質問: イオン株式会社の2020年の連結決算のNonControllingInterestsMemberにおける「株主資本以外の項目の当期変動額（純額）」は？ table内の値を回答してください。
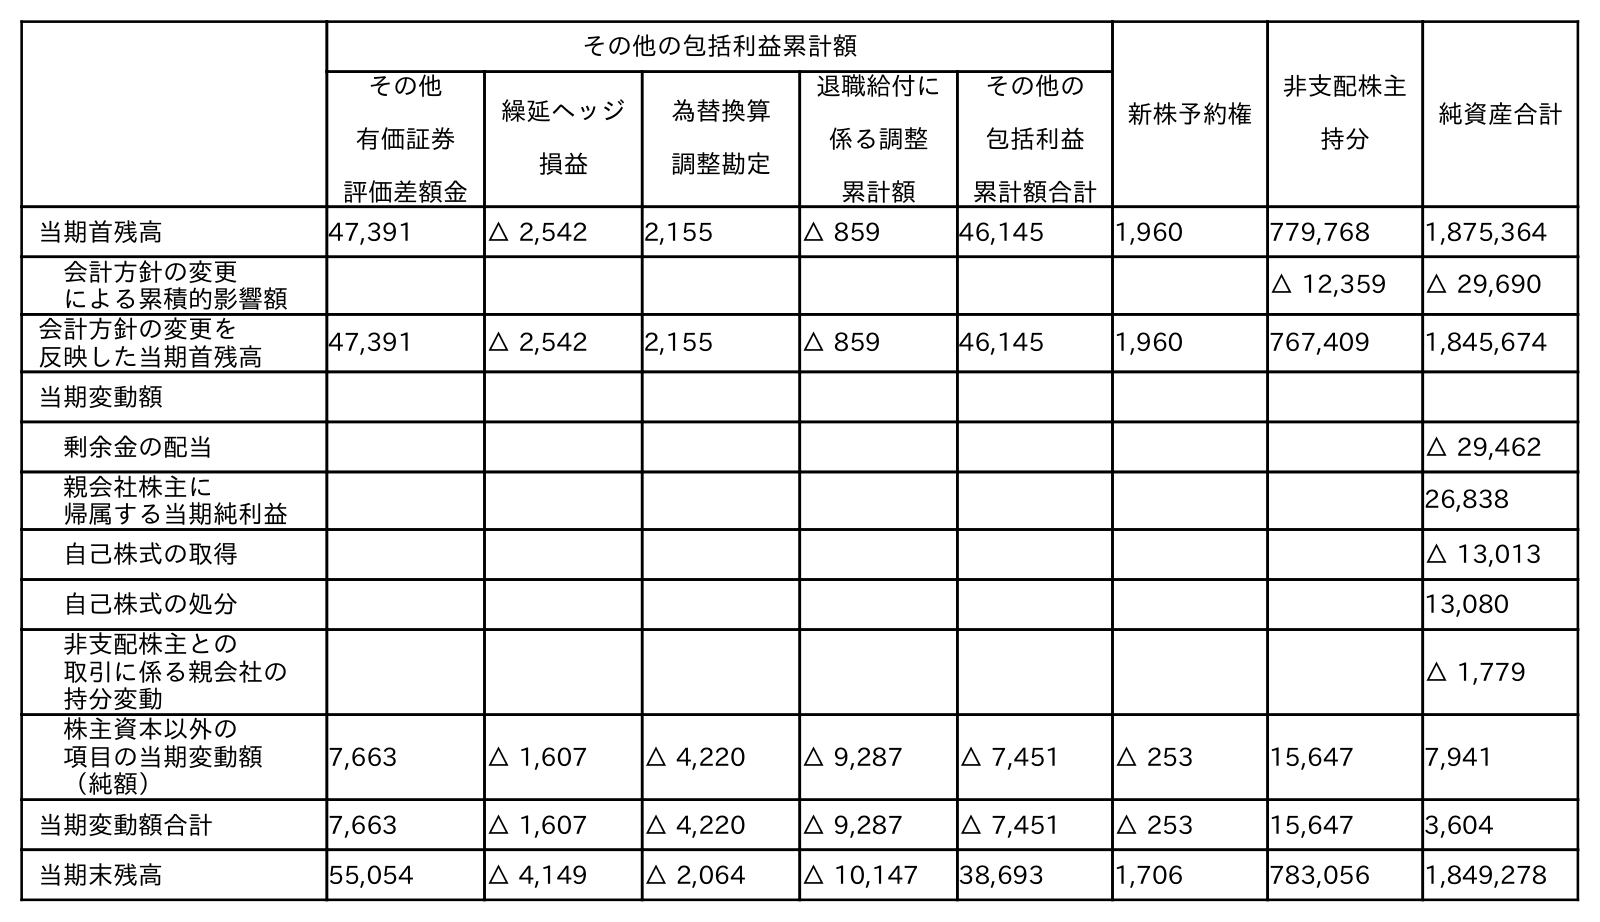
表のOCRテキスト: その他の包括利益累計額 新株予約権 非支配株主 持分 純資産合計 その他 有価証券 評価差額金 繰延ヘッジ 損益 為替換算 調整勘定 退職給付に 係る調整 累計額 その他の 包括利益 累計額合計 当期首残高 47,391 △ 2,542 2,155 △ 859 46,145 1,960 779,768 1,875,364 会計方針の変更 による累積的影響額 △ 12,359 △ 29,690 会計方針の変更を 反映した当期首残高 47,391 △ 2,542 2,155 △ 859 46,145 1,960 767,409 1,845,674 当期変動額 剰余金の配当 △ 29,462 親会社株主に 帰属する当期純利益 26,838 自己株式の取得 △ 13,013 自己株式の処分 13,080 非支配株主との 取引に係る親会社の 持分変動 △ 1,779 株主資本以外の 項目の当期変動額 （純額） 7,663 △ 1,607 △ 4,220 △ 9,287 △ 7,451 △ 253 15,647 7,941 当期変動額合計 7,663 △ 1,607 △ 4,220 △ 9,287 △ 7,451 △ 253 15,647 3,604 当期末残高 55,054 △ 4,149 △ 2,064 △ 10,147 38,693 1,706 783,056 1,849,278
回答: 15,647